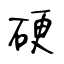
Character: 硬